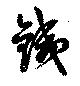
鉄